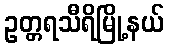
ဥတ္တရသီရိမြို့နယ်